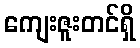
ကျေးဇူးတင်ရှိ